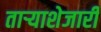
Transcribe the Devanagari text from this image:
ताऱ्याशेजारी